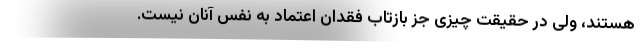
هستند، ولی در حقیقت چیزی جز بازتاب فقدان اعتماد به نفس آنان نیست.